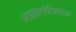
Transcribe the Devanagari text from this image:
आइसोट्रेटिनॉएन